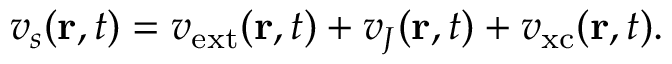
v _ { s } ( \mathbf { r } , t ) = v _ { \mathrm { { e x t } } } ( \mathbf { r } , t ) + v _ { J } ( \mathbf { r } , t ) + v _ { \mathrm { { x c } } } ( \mathbf { r } , t ) .